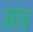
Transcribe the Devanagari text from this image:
अांव